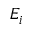
E _ { i }